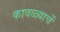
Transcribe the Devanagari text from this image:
कावळ्याचें